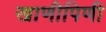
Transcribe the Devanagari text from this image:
खाणीपिणी